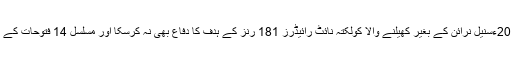
چنئی چیمپئنز کا چیمپئن بن گیافہد کیہر4 اکتوبر 2014ءسنیل نرائن کے بغیر کھیلنے والا کولکتہ نائٹ رائیڈرز 181 رنز کے ہدف کا دفاع بھی نہ کرسکا اور مسلسل 14 فتوحات کے بعد بالآخر شکست کھا گیا، وہ بھی کس مقابلے میں؟